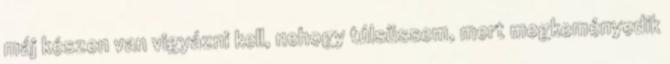
máj készen van vigyázni kell, nehogy túlsüssem, mert megkeményedik